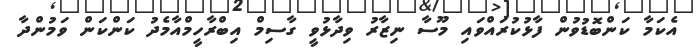
އެކަމާ ކަންބޮޑުވުން ފާޅުކުރައްވައި މޫސާ ނިޒާރު ވިދާޅުވީ ގާސިމް އިބްރާހީމްއާމެދު ކަންކަން ވަމުންދާ